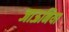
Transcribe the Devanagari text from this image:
जाऊनिया